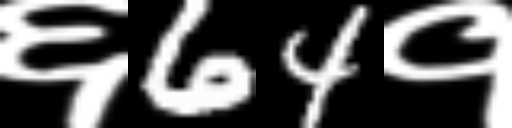
Text: ६64१